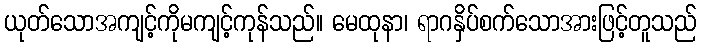
ယုတ်သောအကျင့်ကိုမကျင့်ကုန်သည်။ မေထုနာ၊ ရာဂနှိပ်စက်သောအားဖြင့်တူသည်